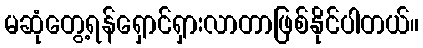
မဆုံတွေ့ရန်ရှောင်ရှားလာတာဖြစ်နိုင်ပါတယ်။